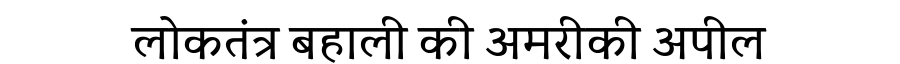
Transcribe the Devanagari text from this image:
लोकतंत्र बहाली की अमरीकी अपील